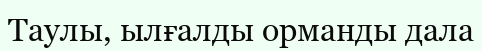
Таулы, ылғалды орманды дала